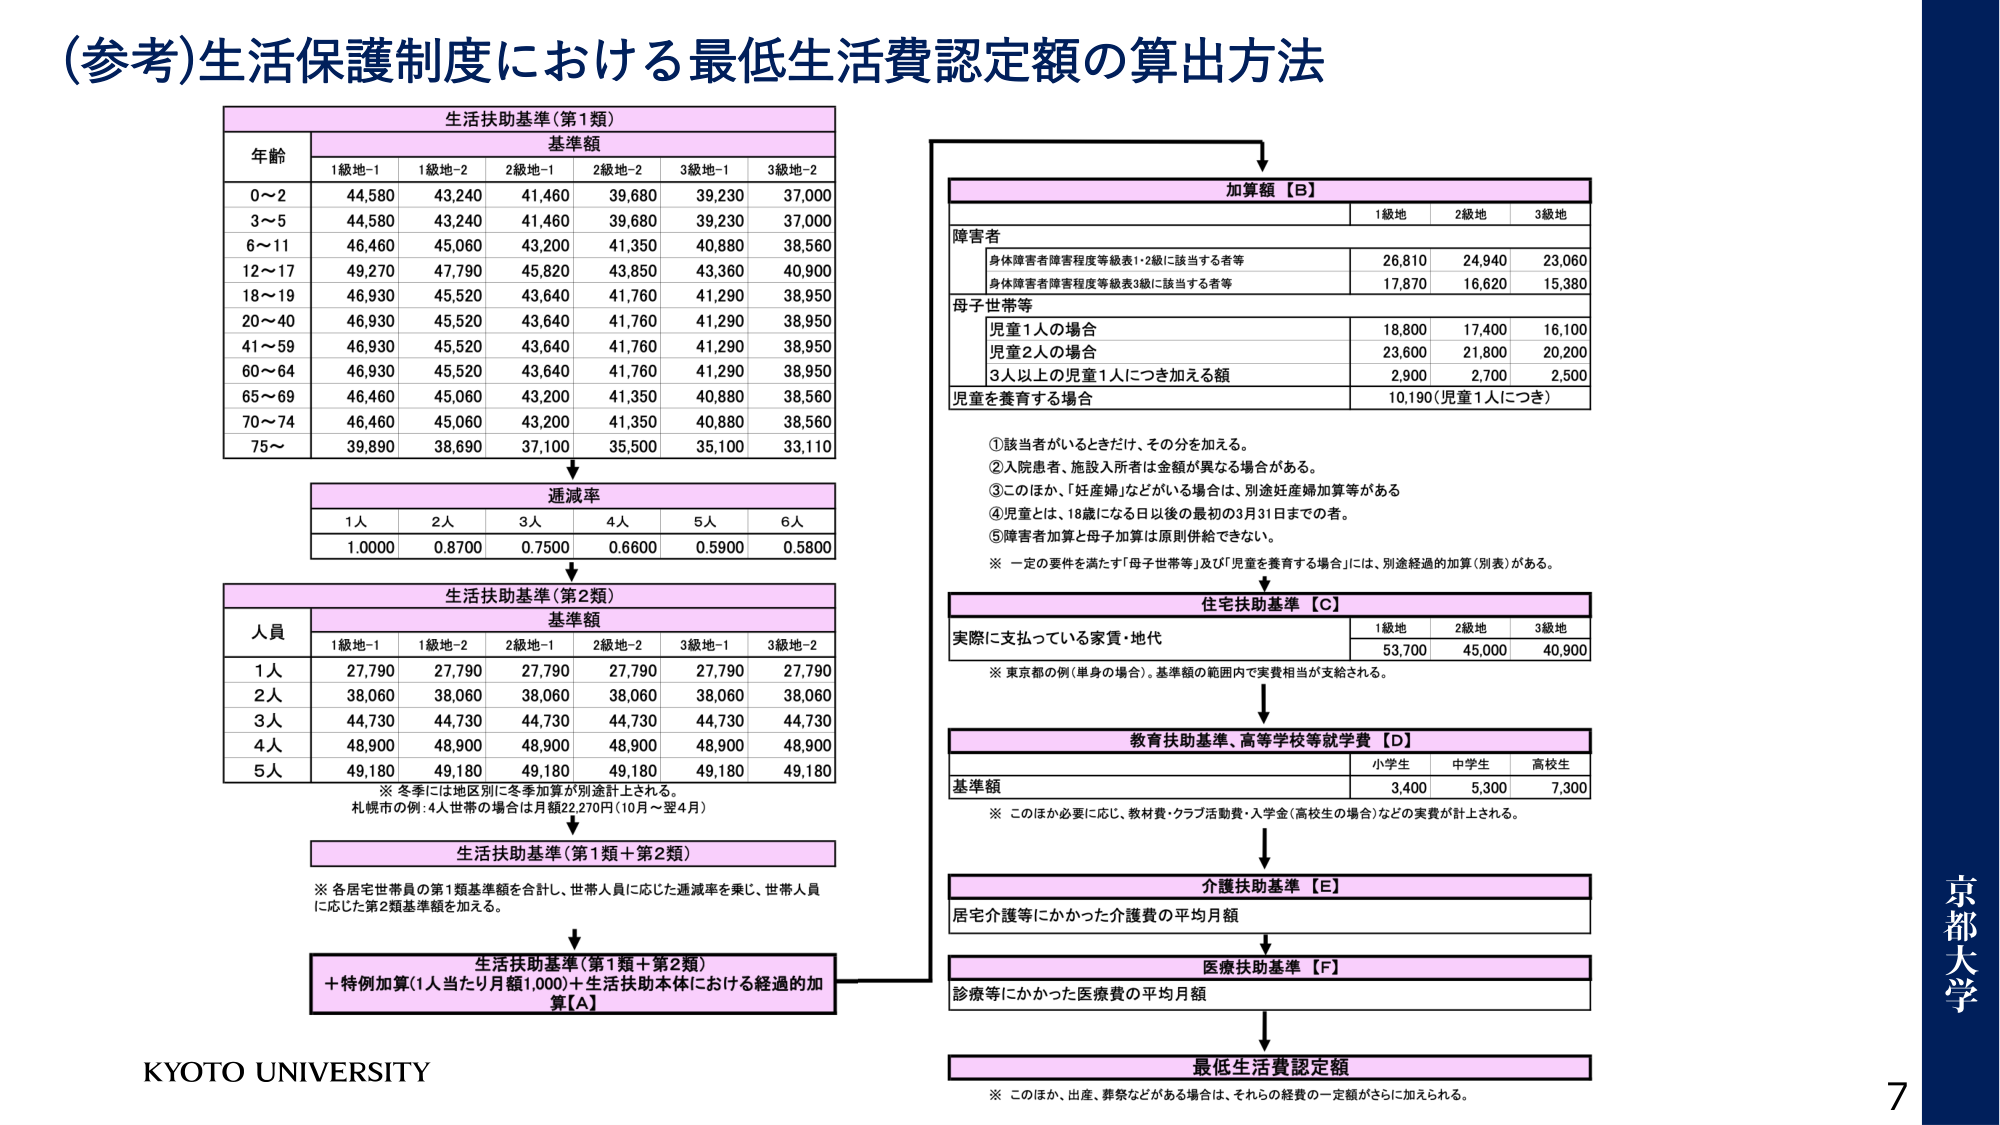
(参考)生活保護制度における最低生活費認定額の算出方法

生活扶助基準（第1類）
年齢 基準額
1級地-1 1級地-2 2級地-1 2級地-2 3級地-1 3級地-2
0～2 44,580 43,240 41,460 39,680 39,230 37,000
3～5 44,580 43,240 41,460 39,680 39,230 37,000
6～11 46,460 45,060 43,200 41,350 40,880 38,560
12～17 49,270 47,790 45,820 43,850 43,360 40,900
18～19 46,930 45,520 43,640 41,760 41,290 38,950
20～40 46,930 45,520 43,640 41,760 41,290 38,950
41～59 46,930 45,520 43,640 41,760 41,290 38,950
60～64 46,930 45,520 43,640 41,760 41,290 38,950
65～69 46,460 45,060 43,200 41,350 40,880 38,560
70～74 46,460 45,060 43,200 41,350 40,880 38,560
75～ 39,890 38,690 37,100 35,500 35,100 33,110

↓

逓減率
1人 2人 3人 4人 5人 6人
1.0000 0.8700 0.7500 0.6600 0.5900 0.5800

↓

生活扶助基準（第2類）
人員 基準額
1級地-1 1級地-2 2級地-1 2級地-2 3級地-1 3級地-2
1人 27,790 27,790 27,790 27,790 27,790 27,790
2人 38,060 38,060 38,060 38,060 38,060 38,060
3人 44,730 44,730 44,730 44,730 44,730 44,730
4人 48,900 48,900 48,900 48,900 48,900 48,900
5人 49,180 49,180 49,180 49,180 49,180 49,180

※ 冬季には地区別に冬季加算が別途計上される。
札幌市の例：4人世帯の場合は月額22,270円（10月～翌4月）

↓

生活扶助基準（第1類＋第2類）
※ 各居宅世帯員の第1類基準額を合計し、世帯人員に応じた逓減率を乗じ、世帯人員に応じた第2類基準額を加える。

↓

生活扶助基準（第1類＋第2類）
＋特例加算（1人当たり月額1,000）＋生活扶助本体における経過的加算【A】

加算額【B】
障害者 1級地 2級地 3級地
身体障害者障害程度等級表1・2級に該当する者等 26,810 24,940 23,060
身体障害者障害程度等級表3級に該当する者等 17,870 16,620 15,380
母子世帯等
児童1人の場合 18,800 17,400 16,100
児童2人の場合 23,600 21,800 20,200
3人以上の児童1人につき加える額 2,900 2,700 2,500
児童を養育する場合 10,190（児童1人につき）

① 該当者がいるときだけ、その分を加える。
② 入院患者、施設入所者は金額が異なる場合がある。
③ このほか、「妊産婦」などどがいる場合は、別途妊産婦加算等がある
④ 児童とは、18歳になる日以後の最初の3月31日までの者。
⑤ 障害者加算と母子加算は原則併給できない。
※ 一定の要件を満たす「母子世帯等」及び「児童を養育する場合」には、別途経過的加算（別表）がある。

↓

住宅扶助基準【C】
実際に支払っている家賃・地代 1級地 2級地 3級地
53,700 45,000 40,900
※ 東京都の例（単身の場合）。基準額の範囲内で実費相当が支給される。

↓

教育扶助基準、高等学校等就学費【D】
基準額 小学生 中学生 高校生
3,400 5,300 7,300
※ このほか必要に応じ、教材費・クラブ活動費・入学金（高校生の場合）などの実費が計上される。

↓

介護扶助基準【E】
居宅介護等にかかった介護費の平均月額

↓

医療扶助基準【F】
診療等にかかった医療費の平均月額

↓

最低生活費認定額
※ このほか、出産、葬祭などがある場合は、それらの経費の一定額がさらに加えられる。

KYOTO UNIVERSITY
京都大学
7